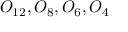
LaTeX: O _ { 1 2 } , O _ { 8 } , O _ { 6 } , O _ { 4 }